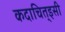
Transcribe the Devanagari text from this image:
कदाचित्‌इसी